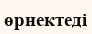
өрнектеді